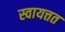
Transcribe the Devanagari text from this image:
स्वायत्तत